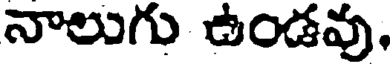
నాలుగు ఉండవు.